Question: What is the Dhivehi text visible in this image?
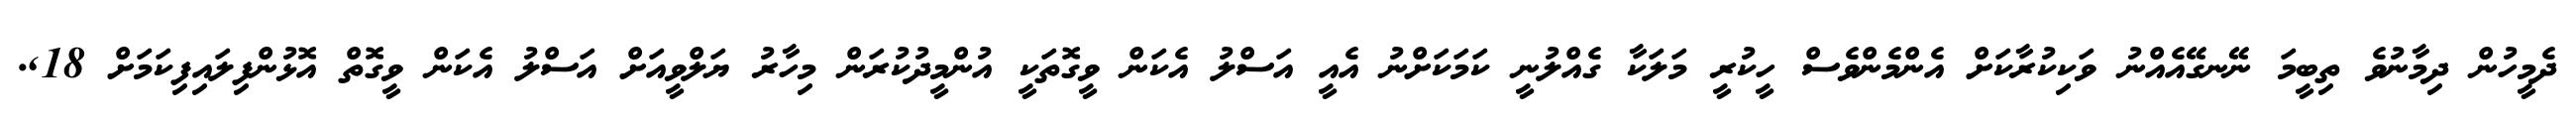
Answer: ދެމީހުން ދިމާނުވެ ތިބީމަ ނޭނގޭއެއްނު ވަކިކުރާކަށް އެންމެންވެސް ހީކުރީ މަލަކާ ގެއްލުނީ ކަމަކަށްނު އެއީ އަސްލު އެކަން ވީގޮތަކީ އުންމީދުކުރަން މިހާރު ޔަލްވީއަށް އަސްލު އެކަން ވީގޮތް އޮޅުންފިލައިފިކަމަށް 18,.